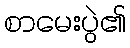
စာမေးပွဲ၏